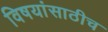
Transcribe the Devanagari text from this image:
विषयांसाठीच